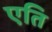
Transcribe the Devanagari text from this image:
एति